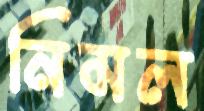
নিমল